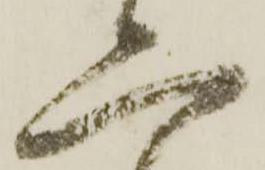
二